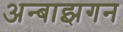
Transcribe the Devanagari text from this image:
अन्बाझगन